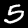
Label: 5